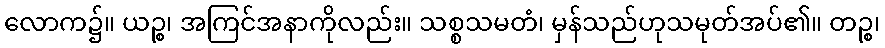
လောက၌။ ယဉ္စ၊ အကြင်အနာကိုလည်း။ သစ္စသမတံ၊ မှန်သည်ဟုသမုတ်အပ်၏။ တဉ္စ၊